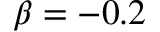
\beta = - 0 . 2